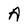
Character: A